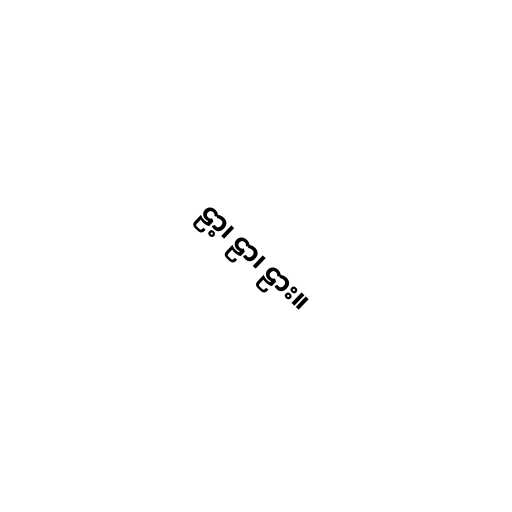
ဠာ့၊ ဠာ၊ ဠား။